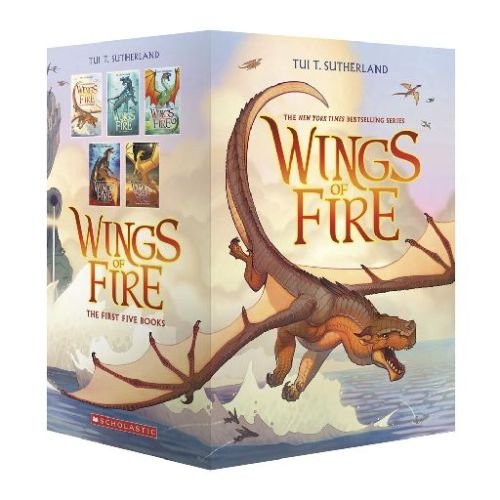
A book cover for Wings of Fire Boxset, Books 1-5 (Wings of Fire); Tui T. Sutherland; Children's Books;